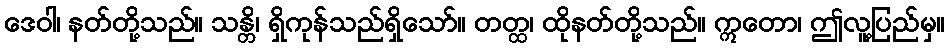
ဒေဝါ၊ နတ်တို့သည်။ သန္တိ၊ ရှိကုန်သည်ရှိသော်။ တတ္ထ၊ ထိုနတ်တို့သည်။ ဣတော၊ ဤလူ့ပြည်မှ။